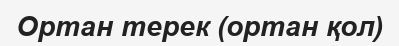
Ортан терек (ортан қол)